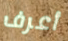
أعرف